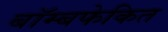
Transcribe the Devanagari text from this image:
बॉम्बफेकित